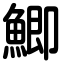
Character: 鯽